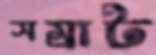
সম্রাট